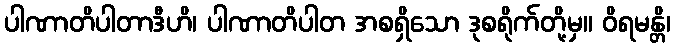
ပါဏာတိပါတာဒီဟိ၊ ပါဏာတိပါတ အစရှိသော ဒုစရိုက်တို့မှ။ ဝိရမန္တိ၊